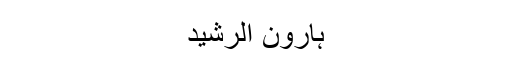
ہارون الرشید